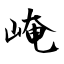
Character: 崦